Burma Government Medical School reports 1907-22
Year: 1907
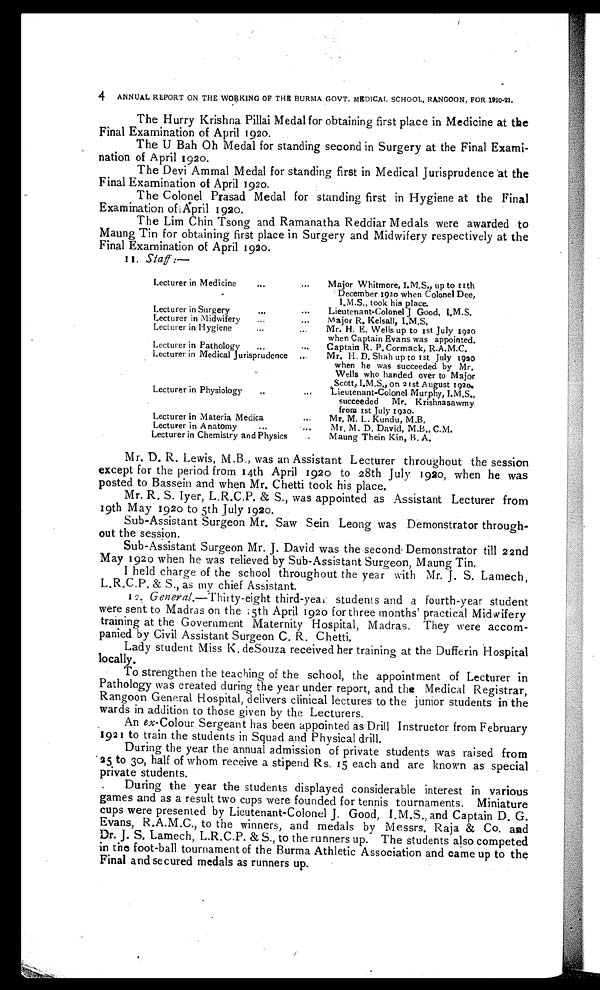
4 ANNUAL REPORT ON THE WORKING OF THE BURMA GOVT. MEDICAL SCHOOL, RANGOON, FOR 1920-21.
The Hurry Krishna Pillai Medal for obtaining first place in Medicine at the
Final Examination of April 1920.
The U Bah Oh Medal for standing second in Surgery at the Final Exami
-nation of April 1920.
The Devi Ammal Medal for standing first in Medical Jurisprudence at the
Final Examination of April 1920.
The Colonel Prasad Medal for standing first in Hygiene at the Final
Examination of April 1920.
The Lim Chin Tsong and Ramanatha Reddiar Medals were awarded to
Maung Tin for obtaining first place in Surgery and Midwifery respectively at the
Final Examination of April 192o.
1 1 .
S t a f f : —
Lecturer in Medicine . . .
Major Whitmore, I.M.S., up to 11th
December 1920 when Colonel Dee,
I.M.S., took his place.
Lecturer in Surgery . . .
Lieutenant-Colonel J Good, I.M.S.
Lecturer in Midwifery . . .
Major R. Kelsall, I.M.S.
Lecturer in Hygiene . . .
Mr. H. E. Wells up to 1st July 1920
when Captain Evans was appointed.
Lecturer in Pathology . . .
Captain R. P. Cormack, R.A.M.C.
Lecturer in Medical Jurisprudence . . .
Mr. H. D. Shah up to 1st July 1920
when he was succeeded by Mr.
Wells who handed over to Major
Scott, I.M.S., on 2 1st August 1920.
Lecturer in Physiology . . .
Lieutenant-Colonel Murphy, I.M.S.,
succeeded Mr. Krishnasawmy
from 1st July 1920.
Lecturer in Materia Medica . . .
Mr. M. L. Kundu, M.B.
Lecturer in Anatomy . . .
Mr. M. D. David, M.B., C.M.
Lecturer in Chemistry and Physics . . .
Maung Thein Kin, B. A.
Mr. D. R. Lewis, M.B., was an Assistant Lecturer throughout the session
except for the period from 14th April 1920 to 28th July 1920, when he was
posted to Bassein and when Mr. Chetti took his place.
Mr. R. S. Iyer, L.R.C.P. & S., was appointed as Assistant Lecturer from
19th May 1920 to 5th July 1920.
Sub-Assistant Surgeon Mr. Saw Sein Leong was Demonstrator through
-out the session.
Sub-Assistant Surgeon Mr. J. David was the second Demonstrator till 22nd
May 1920 when he was relieved by Sub-Assistant Surgeon, Maung Tin.
I held charge of the school throughout the year with Mr. J. S. Lamech,
L.R.C.P. & S., as my chief Assistant.
12. General.—Thirty-eight third-year students and a fourth-year student
were sent to Madras on the 5th April 1920 for three months' practical Midwifery
training at the Government Maternity Hospital, Madras. They were accom
- p a n i e d b y C i v i l A s s i s t a n t S u r g e o nC
.
R . C h e t t i .
Lady student Miss K. deSouza received her training at the Dufferin Hospital
locally.
To strengthen the teaching of the school, the appointment of Lecturer in
Pathology was created during the year under report, and the Medical Registrar,
Rangoon General Hospital, delivers clinical lectures to the junior students in the
wards in addition to those given by the Lecturers.
An ex-Colour Sergeant has been appointed as Drill Instructor from February
1921 to train the students in Squad and Physical drill.
During the year the annual admission of private students was raised from
25 to 30, half of whom receive a stipend Rs. 15 each and are known as special
private students.
During the year the students displayed considerable interest in various
games and as a result two cups were founded for tennis tournaments. Miniature
cups were presented by Lieutenant-Colonel J. Good, I.M.S., and Captain D. G.
Evans, R.A.M.C., to the winners, and medals by Messrs. Raja & Co. and
Dr. J. S. Lamech, L.R.C.P. & S., to the runners up. The students also competed
in the foot-ball tournament of the Burma Athletic Association and came up to the
Final and secured medals as runners up.